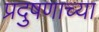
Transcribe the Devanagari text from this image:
प्रदुषणाच्या